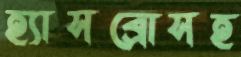
হ্যাসব্রোসহ